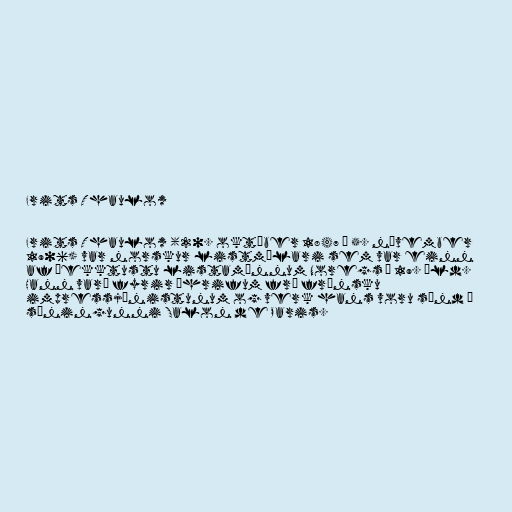
Frits Thaulow

Frits Thaulow (20. október 1847 – 5. nóvember
1906) var norskur listmálari sem var einn
af þekktustu listamönnum Noregs á 19. öld.
Hann varð fyrir áhrifum frá frönsku
impressjónistunum og verk hans voru sýnd á
sýningunni Salon de Paris.